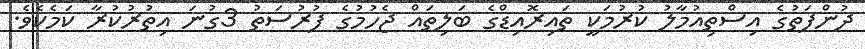
ދުންފަތުގެ އިސްތިއުމާލު ކުރުމަކީ ތައިރޮއިޑްގެ ބަލިތައް ޖެހުމުގެ ފުރުސަތު 3ގުނަ އިތުރުކުރާ ކަމެކެވެ.